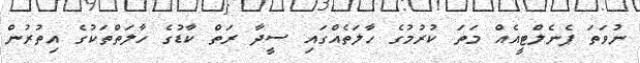
ނުވަތަ ޕެނެލްޓީއެއް މަތަ ކުރުމުގެ ހާލަތެއްގައި ސީދާ ރަތް ކާޑުގެ ހާލަތްތަކުގެ އިތުރުން